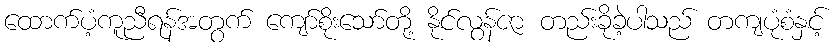
ထောက်ပံ့ကူညီရန်အတွက် ကျော်စိုးသော်တို့ နိုင်လွန်ဇာ တည်းခိုခဲ့ပါသည် တကျပုံစံနှင့်